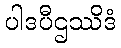
ပါဒပီဌဿိဒံ